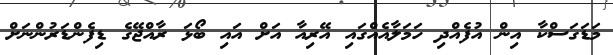
މަޑަގަސްކާ އިން އުފެއްދި ހަމަލާއެއްގައި އޭރިއާ އަށް އައި ބޯޅަ ރާއްޖޭގެ ޑިފެންޑަރުންނަށް